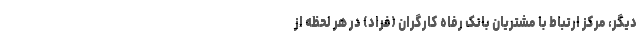
دیگر، مرکز ارتباط با مشتریان بانک رفاه کارگران (فراد) در هر لحظه از